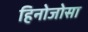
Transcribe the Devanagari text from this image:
हिनोजोसा